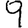
Digit: 9